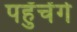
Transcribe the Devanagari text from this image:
पहुॅचेंगे